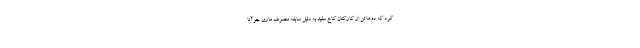
کرد که ده‌ها تن از کارکنان کاخ سفید به دلیل سابقه مصرف ماری جوآنا